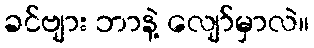
ခင်ဗျား ဘာနဲ့ လျော်မှာလဲ။